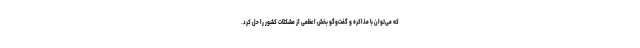
که می‌توان با مذاکره و گفت‌وگو بخش اعظمی از مشکلات کشور را حل کرد.